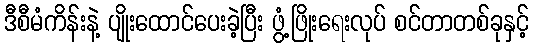
ဒီစီမံကိန်းနဲ့ ပျိုးထောင်ပေးခဲ့ပြီး ဖွံ့ဖြိုးရေးလုပ် စင်တာတစ်ခုနှင့်